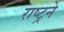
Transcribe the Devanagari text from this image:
राष्ट्रने